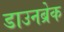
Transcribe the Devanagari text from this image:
डाउनब्रेक